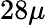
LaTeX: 28\mu